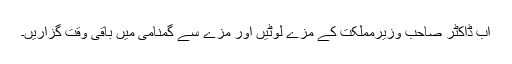
اب ڈاکٹر صاحب وزیرمملکت کے مزے لوٹیں اور مزے سے گمنامی میں باقی وقت گزاریں۔